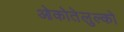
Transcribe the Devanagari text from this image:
ओकोतेलुल्को